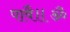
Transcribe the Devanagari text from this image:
पावै॥ॐ